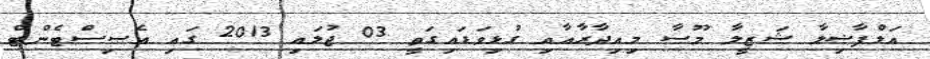
އަލްފާޟިލާ ޝަޒީލާ މޫސާ މިއިދާރާއާއި ގުޅިވަޑައިގަތީ 03 ޖުލައި 2013 ގައި އެސިސްޓެންޓް